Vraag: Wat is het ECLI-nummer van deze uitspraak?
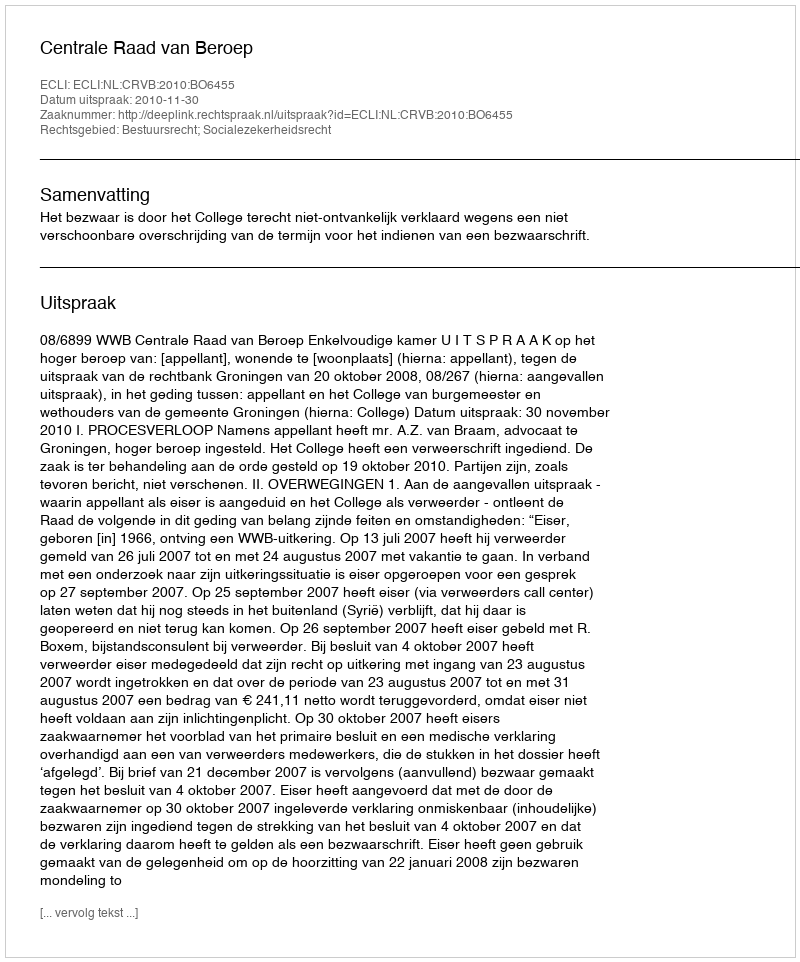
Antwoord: ECLI:NL:CRVB:2010:BO6455